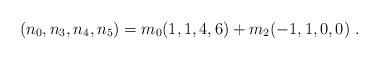
LaTeX: \begin{align*}(n_0,n_3,n_4,n_5)=m_0 (1,1,4,6)+m_2(-1,1,0,0)\ .\end{align*}